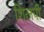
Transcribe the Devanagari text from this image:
शिलपी